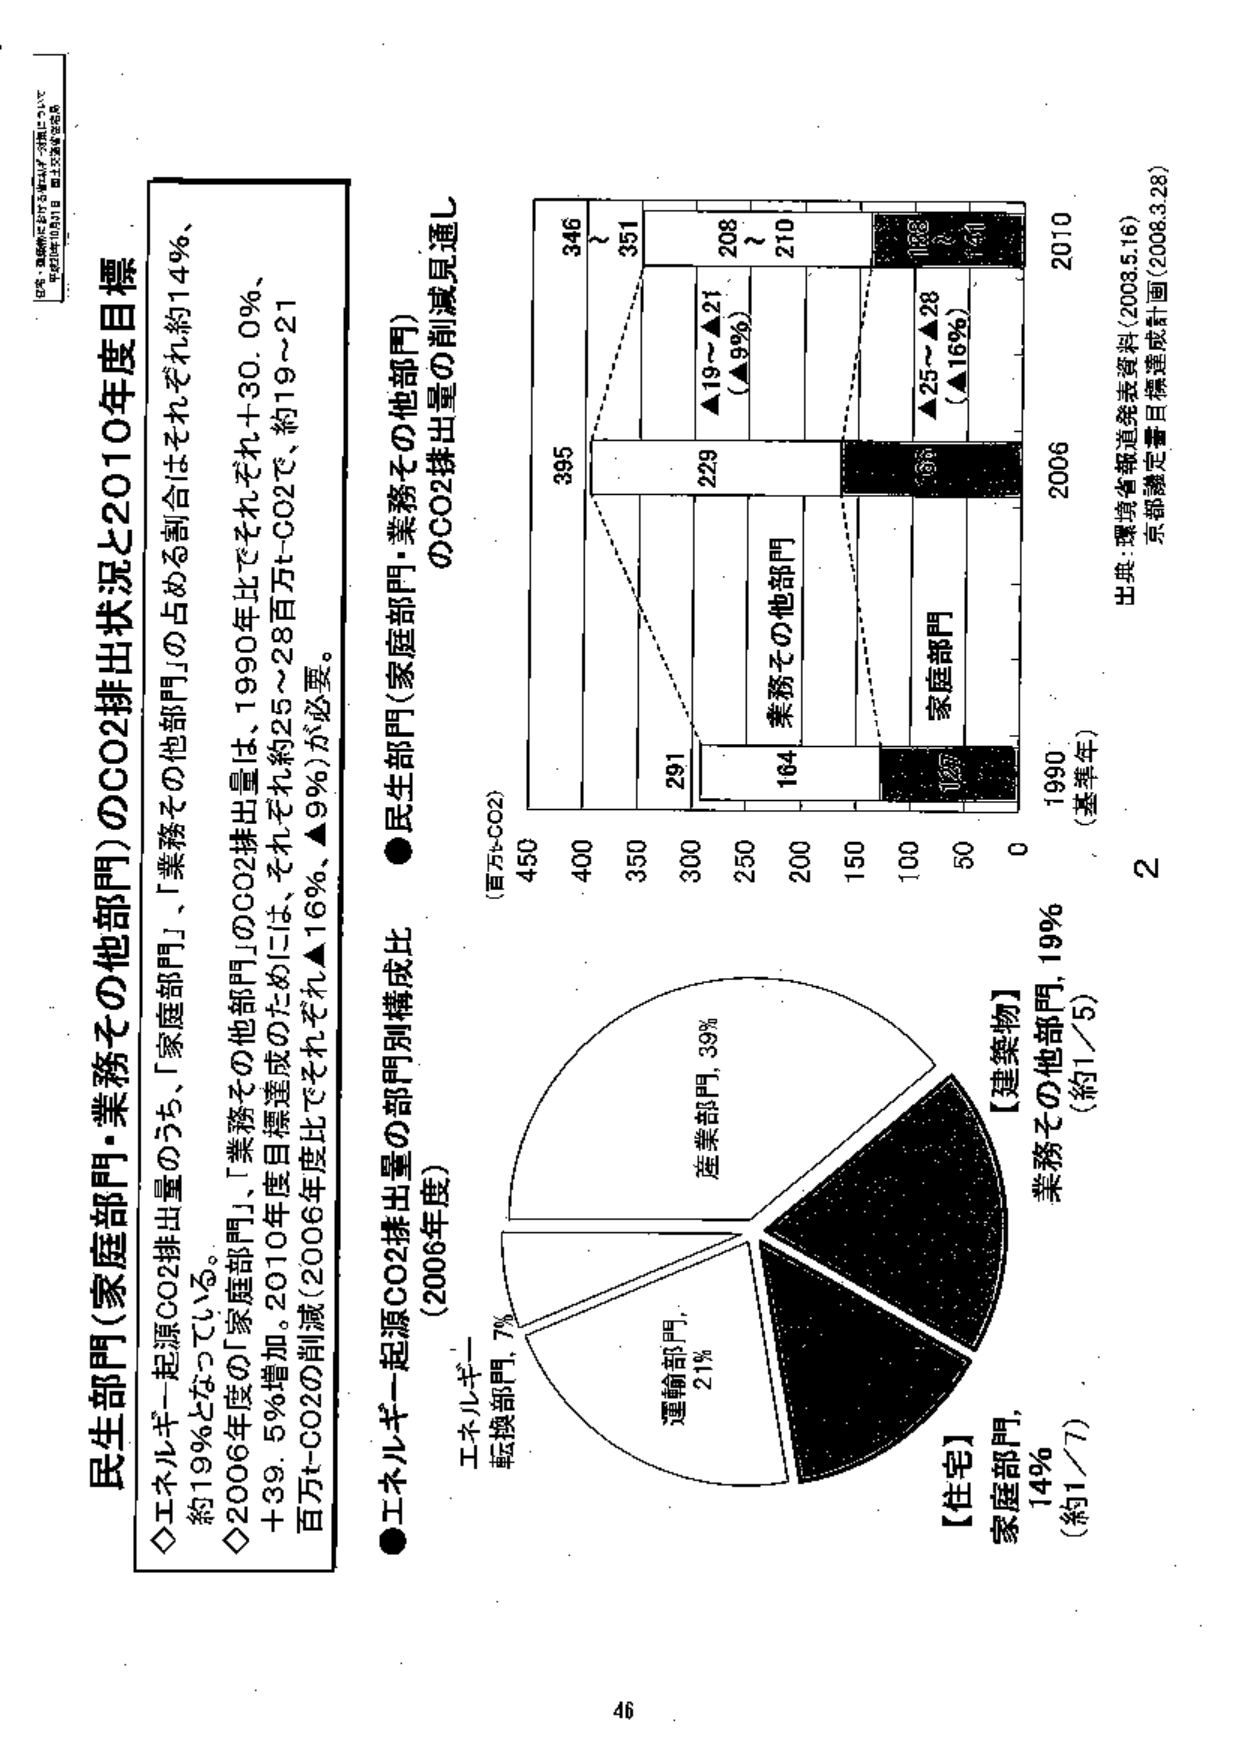
民生部門(家庭部門・業務その他部門)のCO2排出状況と2010年度目標

◇エネルギー起源CO2排出量のうち、「家庭部門」、「業務その他部門」の占める割合はそれぞれ約14％、約19％となっている。

◇2006年度の「家庭部門」、「業務その他部門」のCO2排出量は、1990年比でそれぞれ＋30.0％、＋39.5％増加。2010年度目標達成のためには、それぞれ約25～28万t-CO2で、約19～21万t-CO2の削減（2006年度比でそれぞれ▲16％、▲9％）が必要。

●エネルギー起源CO2排出量の部門別構成比（2006年度）

（百万t-CO2）

産業部門, 39%

運輸部門, 21%

転換部門, 7%

【住宅】
家庭部門, 14%
（約1/7）

【建築物】
業務その他部門, 19%
（約1/5）

●民生部門（家庭部門・業務その他部門）のCO2排出量の削減見通し

1990
（基準年） 2006 2010

395 346
291 351
229 ▲19～▲21
（▲9％） 208
164 210
127 128
▲25～▲28
（▲16％） 141

0 50 100 150 200 250 300 350 400 450

出典：環境省報道発表資料（2008.5.16）
京都議定書目標達成計画（2008.3.28）

46